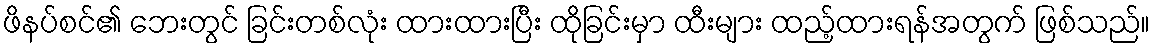
ဖိနပ်စင်၏ ဘေးတွင် ခြင်းတစ်လုံး ထားထားပြီး ထိုခြင်းမှာ ထီးများ ထည့်ထားရန်အတွက် ဖြစ်သည်။